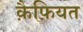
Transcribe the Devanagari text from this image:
क़ैफ़ियत